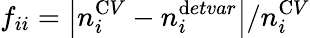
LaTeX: f_{ii}=\left|n_{i}^{\textrm CV}-n_{i}^{\textrm detvar}\right|/n_{i}^{\textrm CV}